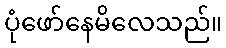
ပုံဖော်နေမိလေသည်။